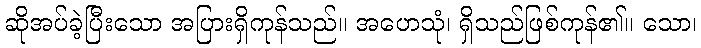
ဆိုအပ်ခဲ့ပြီးသော အပြားရှိကုန်သည်။ အဟေသုံ၊ ရှိသည်ဖြစ်ကုန်၏။ သော၊